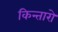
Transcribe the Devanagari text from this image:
किन्तारो